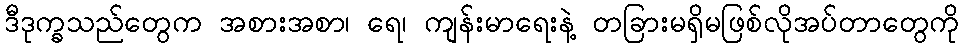
ဒီဒုက္ခသည်တွေက အစားအစာ၊ ရေ၊ ကျန်းမာရေးနဲ့ တခြားမရှိမဖြစ်လိုအပ်တာတွေကို